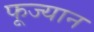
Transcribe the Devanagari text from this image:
फूज्यान